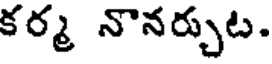
కర్మ నొనర్చుట.